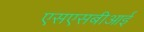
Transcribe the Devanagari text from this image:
एसएसबीआई